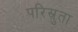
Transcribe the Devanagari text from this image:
परिस्रुता